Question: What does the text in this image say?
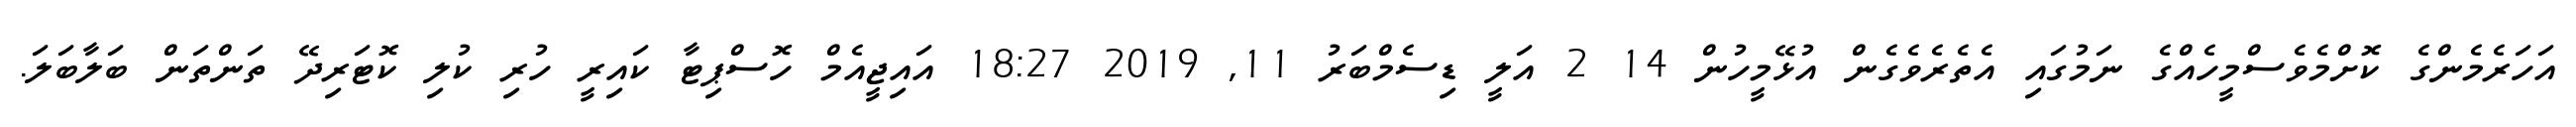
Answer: އަހަރެމެންގެ ކޮށްމެވެސްމީހެއްގެ ނަމުގައި އެތެރެވެގެން އުޅޭމީހުން 14 2 އަލީ ޑިސެމްބަރު 11, 2019 18:27 އައިޖީއެމް ހޮސްޕިޓާ ކައިރީ ހުރި ކުލި ކޮޓަރިދޭ ތަންތަން ބަލާބަލަ.